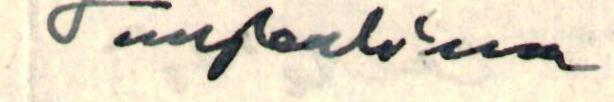
Turjanlinna